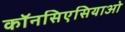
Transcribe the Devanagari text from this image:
कॉनसिएसियाओ